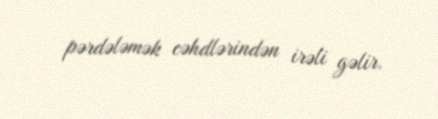
pərdələmək cəhdlərindən irəli gəlir.